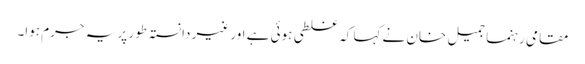
مقامی رہنما جمیل خان نے کہا کہ غلطی ہوئی ہے اور غیر دانستہ طور پر یہ جرم ہوا۔